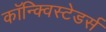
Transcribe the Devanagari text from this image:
कॉन्क्विस्टेडर्स